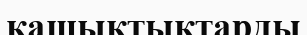
қашықтықтарды